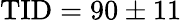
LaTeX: \textrm{TID}=90\pm 11